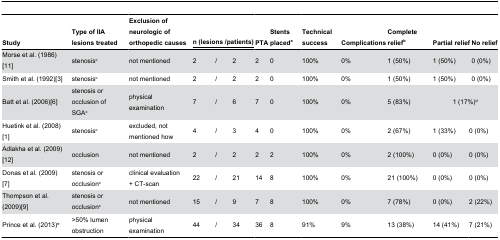
<table><thead><tr><td><b>Study</b></td><td><b>Type of IIA lesions treated</b></td><td><b>Exclusion of neurologic of orthopedic causes</b></td><td colspan="3"><b>n (lesions /patients)</b></td><td><b>PTA</b></td><td><b>Stents placed<sup>a</sup></b></td><td><b>Technical success</b></td><td><b>Complications</b></td><td><b>Complete relief<sup>b</sup></b></td><td colspan="2"><b>Partial relief</b></td><td><b>No relief</b></td></tr></thead><tbody><tr><td>Morse et al. (1986)[11]</td><td>stenosis<sup>c</sup></td><td>not mentioned</td><td>2</td><td>/</td><td>2</td><td>2</td><td>0</td><td>100%</td><td>0%</td><td>1 (50%)</td><td colspan="2">1 (50%)</td><td>0 (0%)</td></tr><tr><td>Smith et al. (1992)[3]</td><td>stenosis<sup>c</sup></td><td>not mentioned</td><td>2</td><td>/</td><td>2</td><td>2</td><td>0</td><td>100%</td><td>0%</td><td>1 (50%)</td><td colspan="2">1 (50%)</td><td>0 (0%)</td></tr><tr><td>Batt et al. (2006)[6]</td><td>stenosis or occlusion of SGA<sup>c</sup></td><td>physical examination</td><td>7</td><td>/</td><td>6</td><td>7</td><td>0</td><td>100%</td><td>0%</td><td>5 (83%)</td><td colspan="3">1 (17%)<sup>d</sup></td></tr><tr><td>Huetink et al. (2008)[1]</td><td>stenosis<sup>c</sup></td><td>excluded, not mentioned how</td><td>4</td><td>/</td><td>3</td><td>4</td><td>0</td><td>100%</td><td>0%</td><td>2 (67%)</td><td>1 (33%)</td><td colspan="2">0 (0%)</td></tr><tr><td>Adlakha et al. (2009)[12]</td><td>occlusion</td><td>not mentioned</td><td>2</td><td>/</td><td>2</td><td>2</td><td>2</td><td>100%</td><td>0%</td><td>2 (100%)</td><td>0 (0%)</td><td colspan="2">0 (0%)</td></tr><tr><td>Donas et al. (2009)[7]</td><td>stenosis or occlusion<sup>c</sup></td><td>clinical evaluation + CT-scan</td><td>22</td><td>/</td><td>21</td><td>14</td><td>8</td><td>100%</td><td>0%</td><td>21 (100%)</td><td>0 (0%)</td><td colspan="2">0 (0%)</td></tr><tr><td>Thompson et al. (2009)[9]</td><td>stenosis or occlusion<sup>c</sup></td><td>not mentioned</td><td>15</td><td>/</td><td>9</td><td>7</td><td>8</td><td>100%</td><td>0%</td><td>7 (78%)</td><td>0 (0%)</td><td colspan="2">2 (22%)</td></tr><tr><td>Prince et al. (2013)<sup>e</sup></td><td>&gt;50% lumen obstruction</td><td>physical examination</td><td>44</td><td>/</td><td>34</td><td>36</td><td>8</td><td>91%</td><td>9%</td><td>13 (38%)</td><td>14 (41%)</td><td colspan="2">7 (21%)</td></tr></tbody></table>